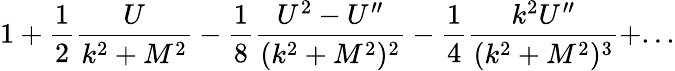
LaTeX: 1+{\frac{1}{2}}{\frac{U}{k^{2}+M^{2}}}-{\frac{1}{8}}{\frac{U^{2}-U^{\prime\prime}}{(k^{2}+M^{2})^{2}}}-{\frac{1}{4}}{\frac{k^{2}U^{\prime\prime}}{(k^{2}+M^{2})^{3}}}+...